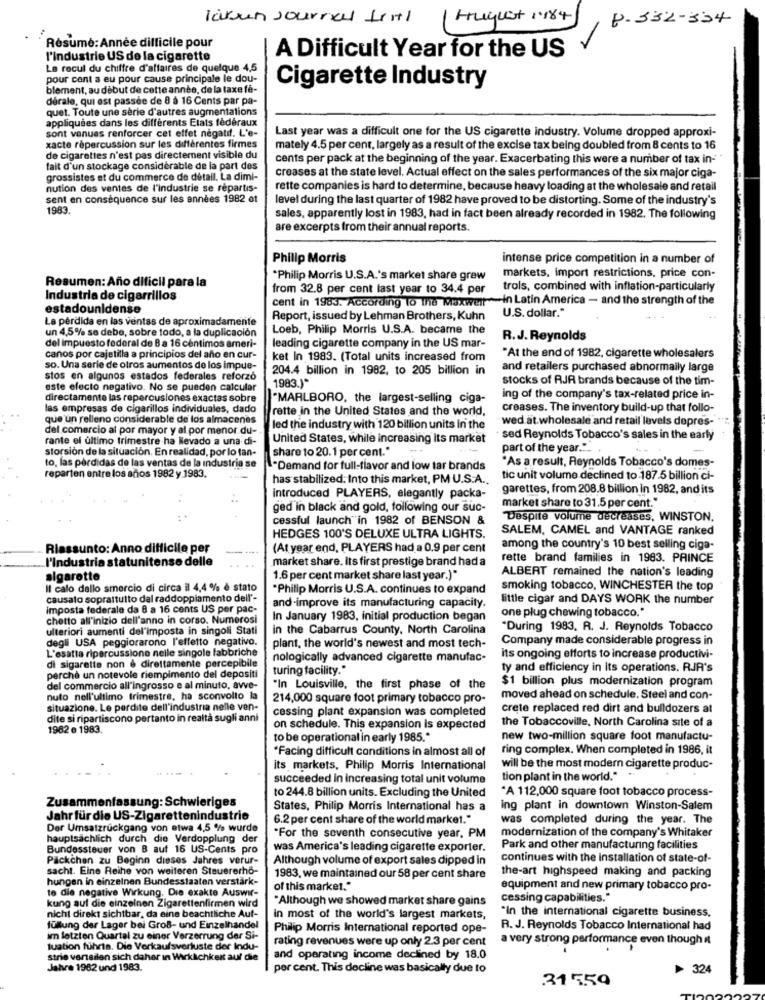
Karun Journal fritl
August 1.184
B.332-334
Résumé: Année difficile pour
l'industrie US de la cigarette
A Difficult Year for the US
Le recul du chiffre d'affaires de quelque 4,5
pour cont a eu pour cause principale le dou-
blement, au début de cette année, de la taxe fé-
Cigarette Industry
derale, qui est passée de 8 à 16 Cents par pa-
quet. Toute une serie d'autres augmentations
appliquées dans les différents Etats fédéraux
sont venues renforcer cet effet négatif. L'e-
Last year was a difficult one for the US cigarette industry. Volume dropped approxi-
xacte répercussion sur les différentes firmes
mately 4.5 per cent, largely as a result of the excise tax being doubled from 8 cents to 16
de cigarettes n'est pas directement visible du
cents per pack at the beginning of the year. Exacerbating this were a number of tax in-
fait d'un stockage considérable de la part des
grossistes et du commerce de detall. La dimi-
creases at the state level. Actual effect on the sales performances of the six major ciga-
nution des ventes de l'industrie se répartis-
rette companies is hard to determine, because heavy loading at the wholesale and retail
sent en conséquence sur les années 1982 ot
level during the last quarter of 1982 have proved to be distorting. Some of the industry's
1983.
sales, apparently lost in 1983, had in fact been already recorded in 1982. The following
are excerpts from their annual reports.
Philip Morris
intense price competition in a number of
Resumen: Año dificil para la
*Philip Morris U.S.A.'s market share grew
markets, import restrictions, price con-
from 32.8 per cent last year to 34.4 per
trols, combined with inflation-particularly
Industria de cigarrillos
cent in 1983. According To the Maxwelt in Latin America - and the strength of the
estadounidense
U.S. dollar."
La pérdida en las ventas de aproximadamente
Report, issued by Lehman Brothers, Kuhn
un 4,5% se debe, sobre todo, a la duplicación
Loeb, Philip Morris U.S.A. became the
del impuesto federal de 8 a 16 cêntimos ameri-
R.J. Reynolds
leading cigarette company in the US mar-
canos por cajetilla a principios del año en cur-
ket In 1983. (Total units increased from
At the end of 1982, cigarette wholesalers
so. Una serie de otros aumentos de los impue-
204.4 billion in 1982, to 205 billion in
and retailers purchased abnormally large
stos en algunos estados federales reforzó
1983.)*
stocks of RJR brands because of the tim-
este efecto negativo. No se pueden calcular
directamente las repercusiones exactas sobre
"MARLBORO, the largest-selling ciga-
ing of the company's tax-related price in-
las empresas de cigarillos individuales, dado
rette in the United States and the world,
creases. The inventory build-up that follo-
que'un relleno considerable de los almacenes
- wed at.wholesale and retail levels depres-
del comercio al por mayor y al por menor du-
led the industry with 120 billion units In the
rante el ultimo trimestre ha Nevado a una di-
United States, while increasing its market
sed Reynolds Tobacco's sales in the early
storsion de la situación. En realidad, por lo tan-
share to 20.1 per cent."
part of the year."_
"As a result, Reynolds Tobacco's domes-
to, las pérdidas de las ventas de la industria se
"Demand for full-flavor and low tar brands
reparten entre los años 1982 y 1983.
has stabilized. Into this market, PM U.S.A.
tic unit volume declined to 187.5 billion ci-
garettes, from 208.8 billion in 1982, and its
introduced PLAYERS, elegantly packa-
market share to 31.5 per cent."
ged in black and gold, following our suc-
cessful launch"in 1982 of BENSON &
Despite volume decreases, WINSTON.
SALEM, CAMEL and VANTAGE ranked
HEDGES 100'S DELUXE ULTRA LIGHTS.
Riassunto: Anno difficile per
(At year end, PLAYERS had a 0.9 per cent
among the country's 10 best selling ciga-
l'industria statunitense delle
market share. Its first prestige brand had a
rette brand families in 1983. PRINCE
ALBERT remained the nation's leading
sigarette
1.6 per cent market share last year.)"
Il calo dello smercio di circa il 4,4 % è stato
*Philip Morris U.S.A. continues to expand
smoking tobacco, WINCHESTER the top
causalo soprattutto dal raddoppiamento dell'-
little cigar and DAYS WORK the number
imposta federale da 8 a 16 cents US per pac-
and-improve its manufacturing capacity.
chetto all'inizio dell'anno in corso. Numerosi
In January 1983, initial production began
one plug chewing tobacco."
ulteriori aumenti del'imposta in singoli Stati
in the Cabarrus County, North Carolina
"During 1983. R. J. Reynolds Tobacco
degli USA peggiorarono l'effetto negativo.
Company made considerable progress in
L'esatta ripercussione nelle singole fabbriche
plant, the world's newest and most tech-
nologically advanced cigarette manufac-
its ongoing efforts to increase productivi-
di sigarette non è direttamente percepibile
turing facility."
ty and efficiency in Its operations. RJA's
perchè un notevole riempimento del depositi
$1 billion plus modernization program
del commercio all'ingrosso e al minuto, avve-
"In Louisville, the first phase of the
nuto nell'ultimo trimestre, ha sconvolto la
214,000 square foot primary tobacco pro-
moved ahead on schedule. Steel and con-
situazione. Le perdite dell'industria nelle ven-
cessing plant expansion was completed
crete replaced red dirt and bulldozers at
dite si ripartiscono pertanto in realtà sugli anni
the Tobaccoville, North Carolina site of a
1982 e 1983.
on schedule. This expansion is expected
to be operational in early 1985."
new two-million square foot manufactu-
*Facing difficult conditions in almost all of
ring complex. When completed in 1986, it
its markets, Philip Morris International
will be the most modern cigarette produc-
succeeded in increasing total unit volume
tion plant in the world."
*A 112,000 square foot tobacco process-
Zusammenfassung: Schwieriges
to 244.8 billion units. Excluding the United
States, Philip Morris International has a
ing plant in downtown Winston-Salem
Jahr fürdie US-Zigarettenindustrie
6.2 per cent share of the world market."
was completed during the year. The
Der Umsatzrückgang von etwa 4,5 % wurde
modernization of the company's Whitaker
hauptsächlich durch die Verdopplung der
"For the seventh consecutive year, PM
Bundessteuer von B auf 16 US-Cents pro
was America's leading cigarette exporter.
Park and other manufacturing facilities
Päckchen zu Beginn dieses Jahres verur-
Although volume of export sales dipped in
continues with the installation of state-of-
sacht. Eine Reihe von weiteren Steuererhö-
the-art highspeed making and packing
hungen in einzelnen Bundesstaaten verstark-
1983, we maintained our 58 per cent share
of this market."
equipment and new primary tobacco pro-
te die negative Wirkung. Die exakte Auswir-
"Although we showed market share gains
cessing capabilities."
kung auf die einzelnen Zigarettenfirmen wird
"In the international cigarette business.
nicht direkt sichtbar, da eine beachtliche Auf-
in most of the world's largest markets,
füllung der Lager bei GroB- und Einzelhandel
Philip Morris International reported ope-
R. J. Reynolds Tobacco International had
im letzten Quartal zu einer Verzerrung der Si-
rating revenues were up only 2.3 per cent
a very strong performance even though it
tuation fuhris. Die Verkaufsverluste der Indu-
strie verssilen sich daher in Wirklichkeit auf die
and operating income declined by 18.0
Jahre 1982 und 1983.
per cent. This decline was basically due to
324
31559